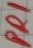
Text: PRI